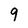
Character: 9